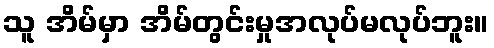
သူ အိမ်မှာ အိမ်တွင်းမှုအလုပ်မလုပ်ဘူး။